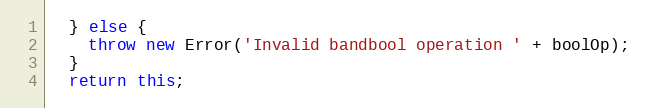
Language: JavaScript
  } else {
    throw new Error('Invalid bandbool operation ' + boolOp);
  }
  return this;